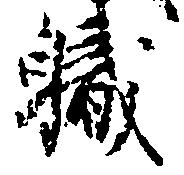
職